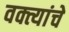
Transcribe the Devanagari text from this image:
वक्त्यांचे